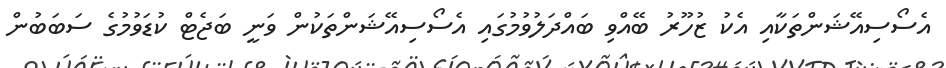
އެސޯސިއޭޝަންތަކާއި އެކު ޒުހޫރު ބޭއްވި ބައްދަލުވުމުގައި އެސޯސިއޭޝަންތަކުން ވަނީ ބަޖެޓް ކުޑަވުމުގެ ސަބަބުން